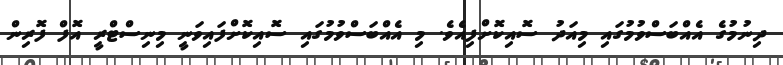
ދިނުމުގެ އެއްބަސްވުމުގައި މިއަދު ސޮއިކޮށްފިއެވެ. މި އެއްބަސްވުމުގައި ސޮއިކޮށްފައިވަނީ މިނިސްޓްރީ އޮފް ފޮރިން